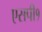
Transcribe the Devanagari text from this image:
एसपी१